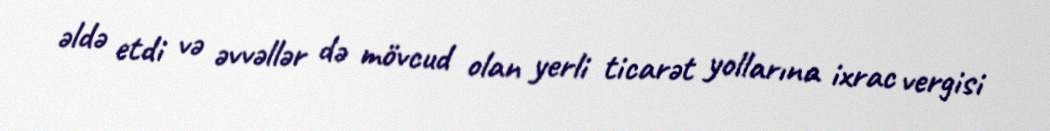
əldə etdi və əvvəllər də mövcud olan yerli ticarət yollarına ixrac vergisi